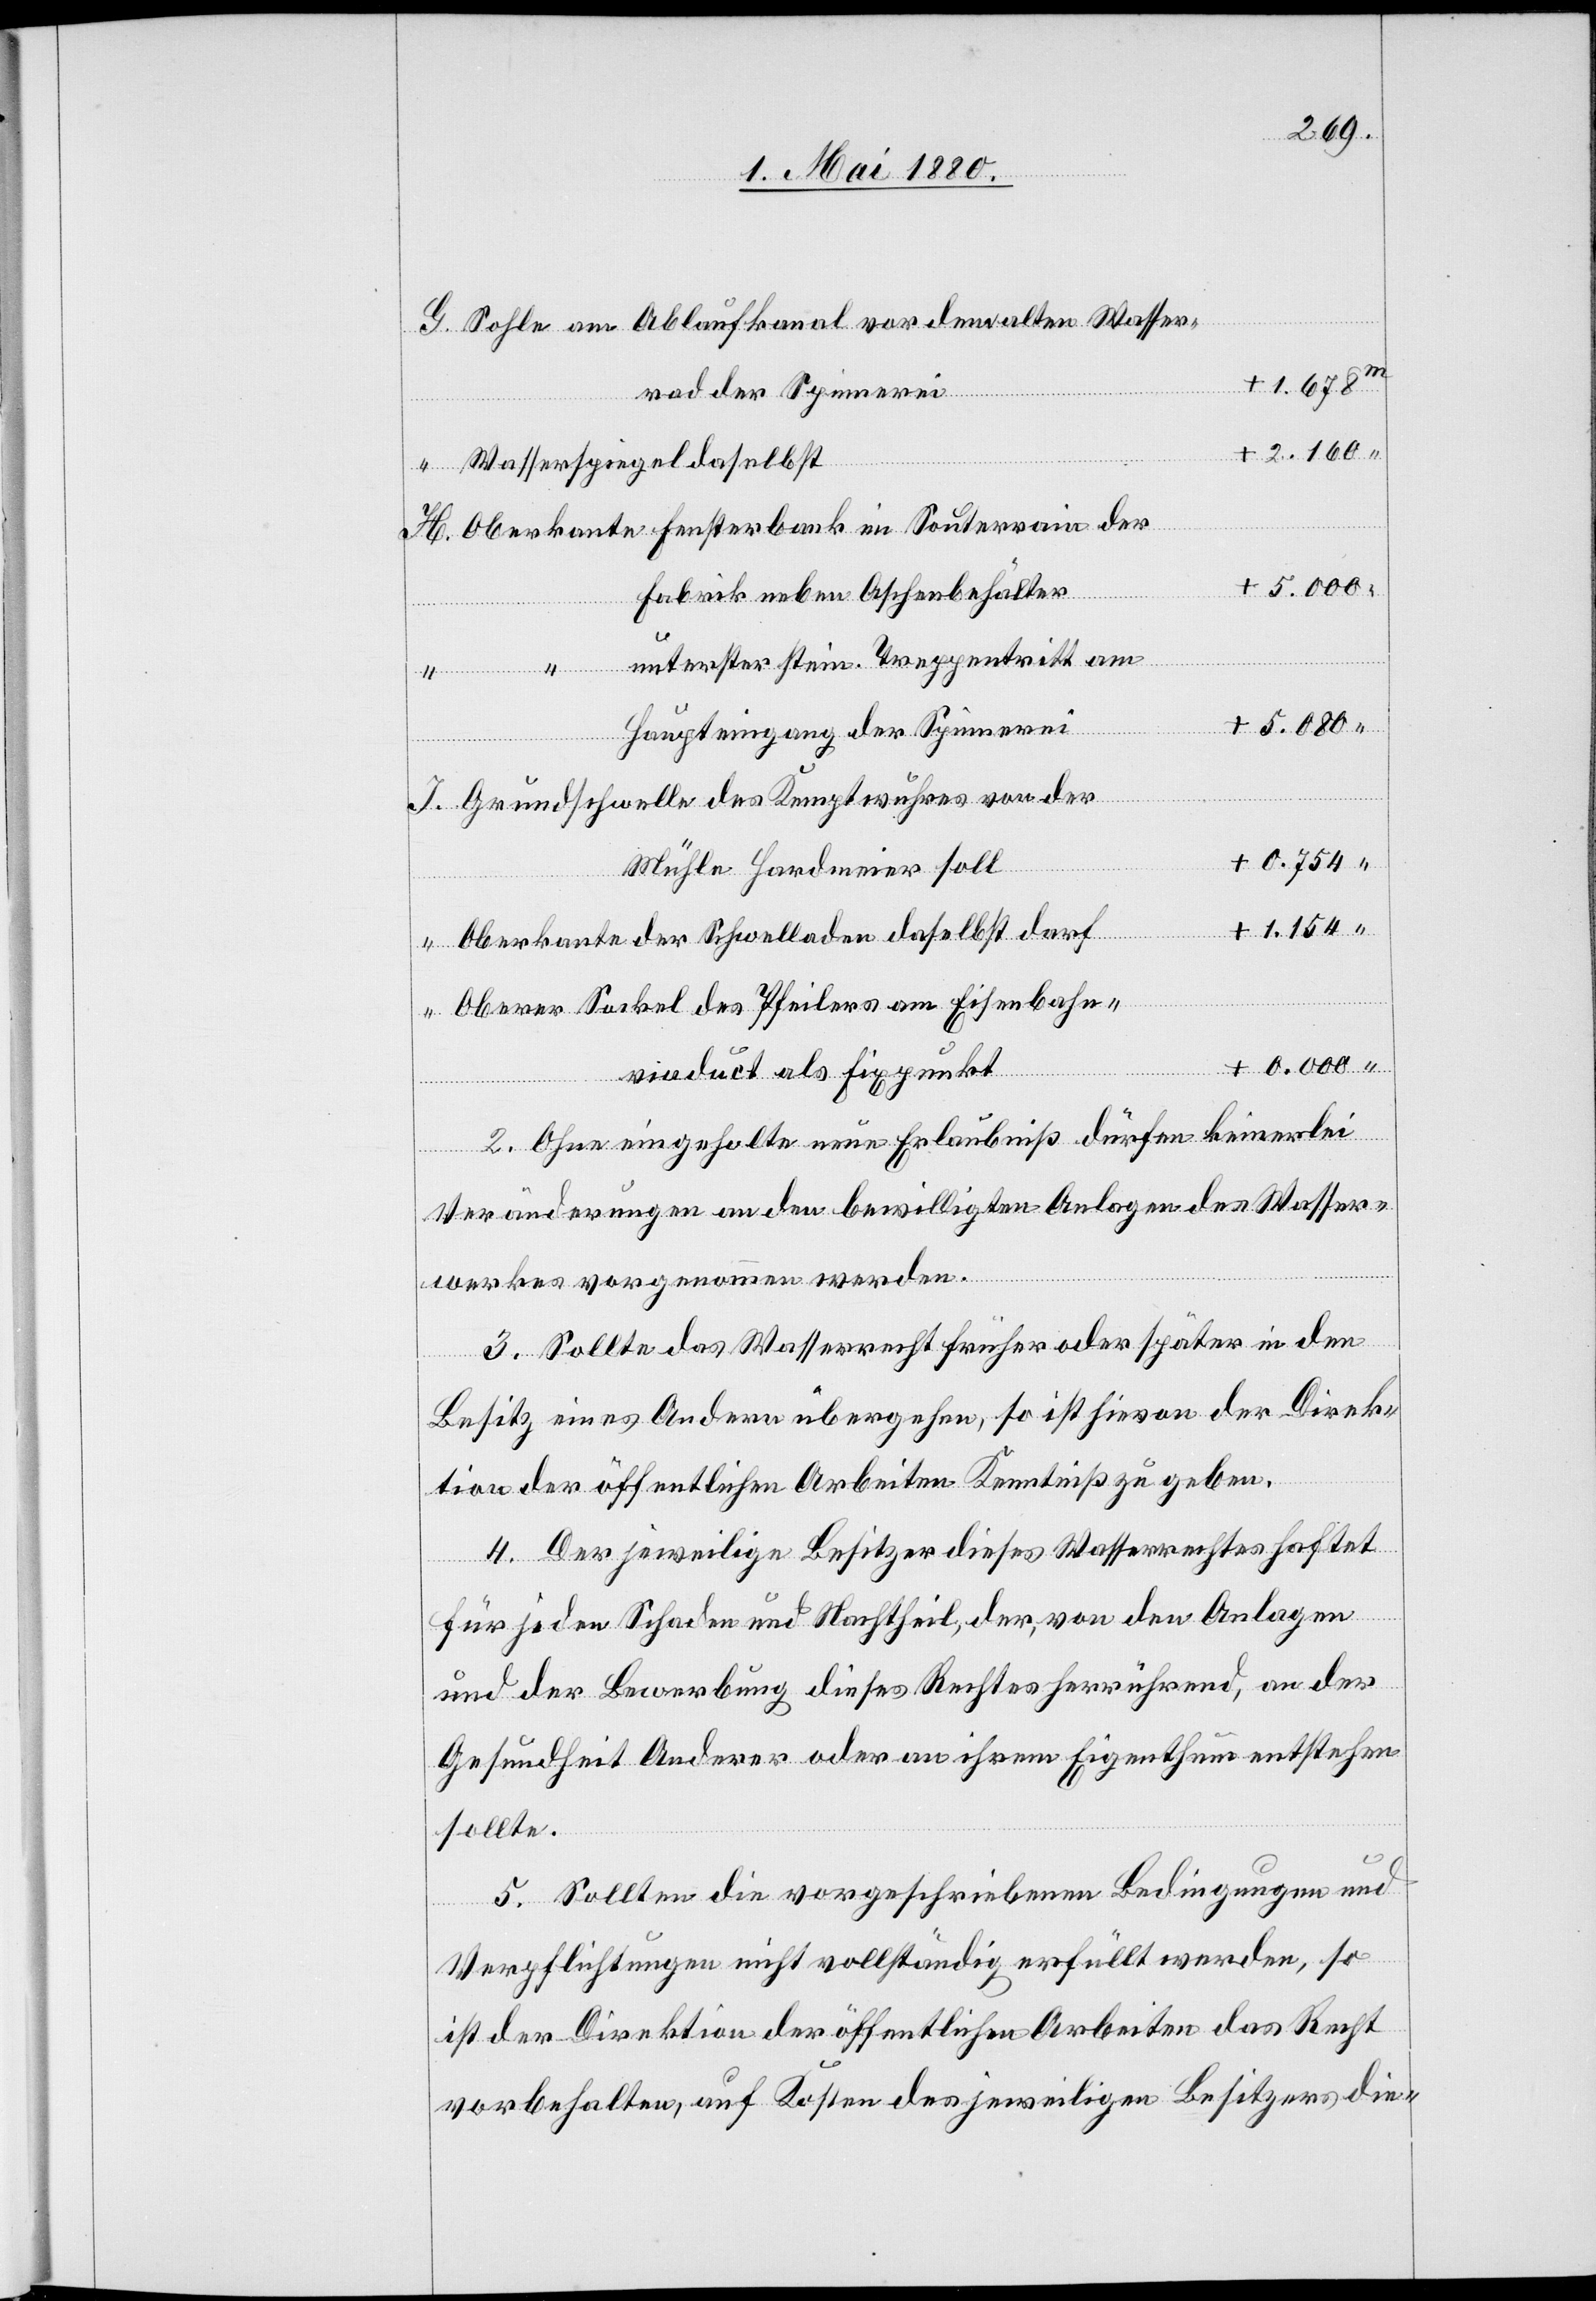
Sohle am Ablaufkanal vor dem alten Wasser¬
+ 0754
rain der
rad der Spinnerei
+ 2.160
Wasserspiegel daselbst
+ 0. 000
Fabrik neben Aschenbehälter
unterster stein. Treppentritt am
+ 5.080
Haupteingang der Spinnerei
Grundschwelle des Kemptwuhres von der
Mühle Hardmeier soll
+ 1.154
Oberkante der Schwelle daselbst darf
Oberer Sockel des Pfeilers am Eisenbahn¬
“
viadukt als Fixpunkt
2. Ohne eingeholte neue Erlaubniß dürfen keinerlei
Veränderungen an den bewilligten Anlagen des Wasser¬
werkes vorgenommen werden.
3. Sollte das Wasserrecht früher oder später in den
Besitz eines Andern übergehen, so ist hievon der Direk¬
tion der öffentlichen Arbeiten Kenntniß zu geben.
4. Der jeweilige Besitzer dieses Wasserrechtes haftet
O¬
für jeden Schaden und Nachtheil, der, von den Anlagen
und der Bewerbung dieses Rechtes herrührend, an der
Gesundheit Anderer oder an ihrem Eigenthümer entstehen
sollte.
5. Sollten die vorgeschriebenen Bedingungen und
Verpflichtungen nicht vollständig erfüllt werden, so
ist der Direktion der öffentlichen Arbeiten das Recht
vorbehalten, auf Kosten des jeweiligen Besitzers die-